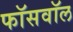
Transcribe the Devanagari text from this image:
फॉसवॉल